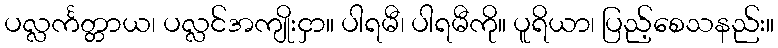
ပလ္လင်္ကတ္တာယ၊ ပလ္လင်အကျိုးငှာ။ ပါရမီ၊ ပါရမီကို။ ပူရိယာ၊ ပြည့်စေသနည်း။